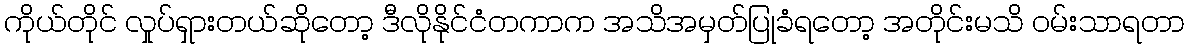
ကိုယ်တိုင် လှုပ်ရှားတယ်ဆိုတော့ ဒီလိုနိုင်ငံတကာက အသိအမှတ်ပြုခံရတော့ အတိုင်းမသိ ဝမ်းသာရတာ